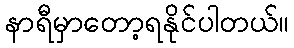
နာရီမှာတော့ရနိုင်ပါတယ်။